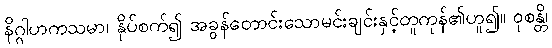
နိဂ္ဂါဟကသမာ၊ နှိပ်စက်၍ အခွန်တောင်းသောမင်းချင်းနှင့်တူကုန်၏ဟူ၍။ ဝုစန္တိ၊